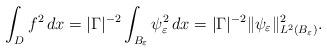
LaTeX: \begin{align*}\int_{D}f^{2}\,dx=|\Gamma|^{-2}\int_{B_{\varepsilon}}\psi_{\varepsilon}^{2}\,dx=|\Gamma|^{-2}\|\psi_{\varepsilon}\|_{L^{2}(B_{\varepsilon})}^{2}.\end{align*}